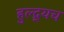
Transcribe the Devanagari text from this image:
हुल्द्र्यच